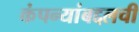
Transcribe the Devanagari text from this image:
कंपन्यांबद्दलची